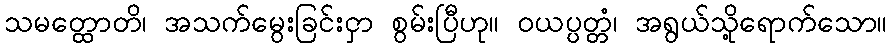
သမတ္ထောတိ၊ အသက်မွေးခြင်းငှာ စွမ်းပြီဟု။ ဝယပ္ပတ္တံ၊ အရွယ်သို့ရောက်သော။